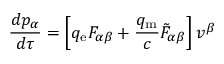
{ \frac { d p _ { \alpha } } { d \tau } } = \left[ q _ { \mathrm { e } } F _ { \alpha \beta } + { \frac { q _ { \mathrm { m } } } { c } } { { \tilde { F } } _ { \alpha \beta } } \right] v ^ { \beta }